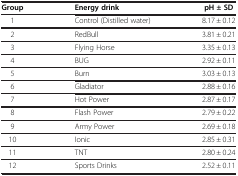
| Group | Energy drink | pH ± SD |
 | --- | --- | --- |
 | 1 | Control (Distilled water) | 8.17 ± 0.12 |
 | 2 | RedBull | 3.81 ± 0.21 |
 | 3 | Flying Horse | 3.35 ± 0.13 |
 | 4 | BUG | 2.92 ± 0.11 |
 | 5 | Burn | 3.03 ± 0.13 |
 | 6 | Gladiator | 2.88 ± 0.16 |
 | 7 | Hot Power | 2.87 ± 0.17 |
 | 8 | Flash Power | 2.79 ± 0.22 |
 | 9 | Army Power | 2.69 ± 0.18 |
 | 10 | Ionic | 2.85 ± 0.31 |
 | 11 | TNT | 2.80 ± 0.24 |
 | 12 | Sports Drinks | 2.52 ± 0.11 |